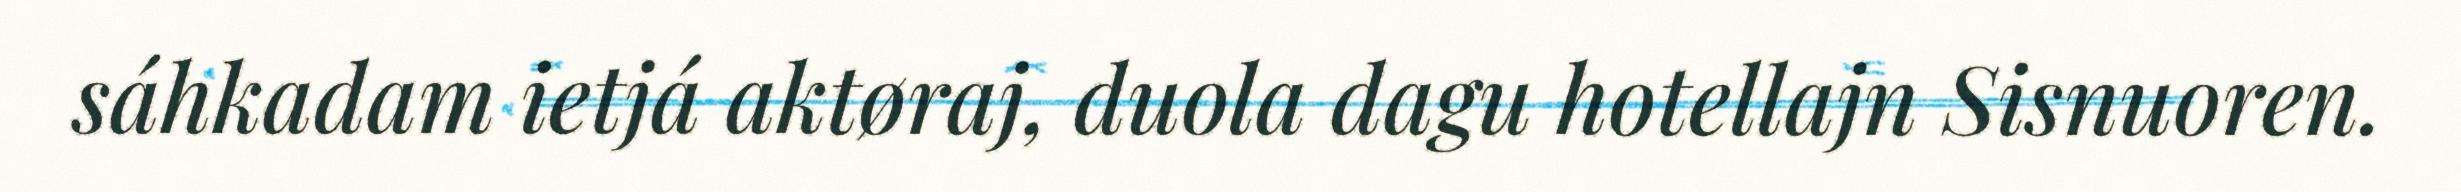
sáhkadam ietjá aktøraj, duola dagu hotellajn Sisnuoren.